Civil Veterinary Department. Madras. Admin. report 1926-33 - 1926-1933
Year: 1926
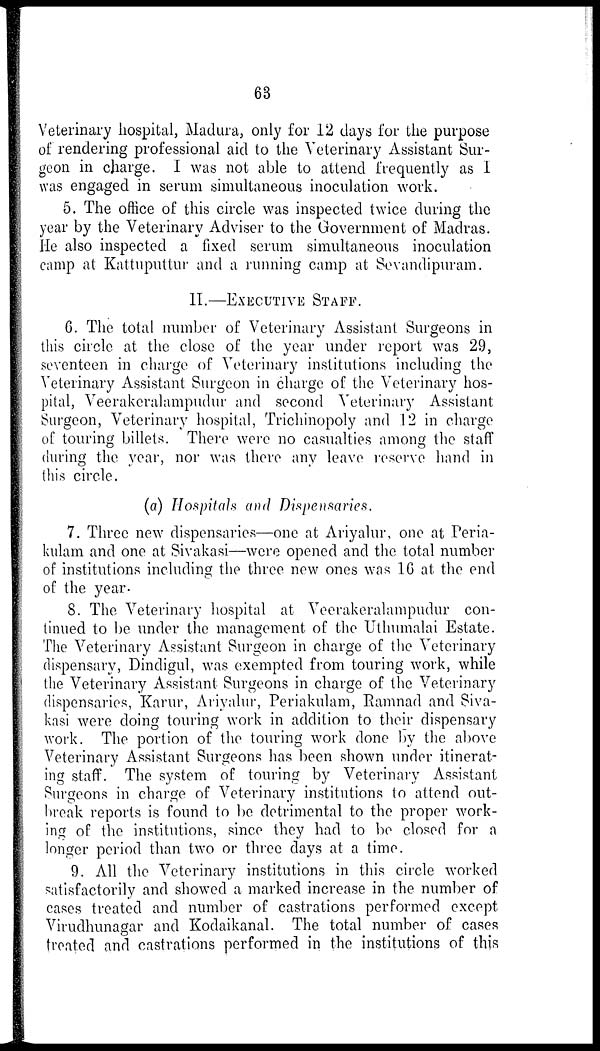
63
Veterinary hospital, Madura, only for 12 days for the purpose
of rendering professional aid to the Veterinary Assistant Sur-
geon in charge. I was not able to attend frequently as I
was engaged in serum simultaneous inoculation work.
5. The office of this circle was inspected twice during the
year by the Veterinary Adviser to the Government of Madras.
He also inspected a fixed serum simultaneous inoculation
camp at Kattuputtur and a running camp at Sevandipuram.
II.—EXECUTIVE STAFF.
6. The total number of Veterinary Assistant Surgeons in
this circle at the close of the year under report was 29,
seventeen in charge of Veterinary institutions including the
Veterinary Assistant Surgeon in charge of the Veterinary hos-
pital, Veerakeralampudur and second Veterinary Assistant
Surgeon, Veterinary hospital, Trichinopoly and 12 in charge
of touring billets. There were no casualties among the staff
during the year, nor was there any leave reserve hand in
this circle.
(a) Hospitals and Dispensaries.
7. Three new dispensaries—one at Ariyalur, one at Peria-
kulam and one at Sivakasi—were opened and the total number
of institutions including the three new ones was 16 at the end
of the year.
8. The Veterinary hospital at Veerakeralampudur con-
tinued to be under the management of the Uthumalai Estate.
The Veterinary Assistant Surgeon in charge of the Veterinary
dispensary, Dindigul, was exempted from touring work, while
the Veterinary Assistant Surgeons in charge of the Veterinary
dispensaries, Karur, Ariyalur, Periakulam, Ramnad and Siva-
kasi were doing touring work in addition to their dispensary
work. The portion of the touring work done by the above
Veterinary Assistant Surgeons has been shown under itinerat-
ing staff. The system of touring by Veterinary Assistant
Surgeons in charge of Veterinary institutions to attend out-
break reports is found to be detrimental to the proper work-
ing of the institutions, since they had to be closed for a
longer period than two or three days at a time.
9. All the Veterinary institutions in this circle worked
satisfactorily and showed a marked increase in the number of
cases treated and number of castrations performed except
Virudhunagar and Kodaikanal. The total number of cases
treated and castrations performed in the institutions of this